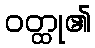
ဝတ္ထု၏